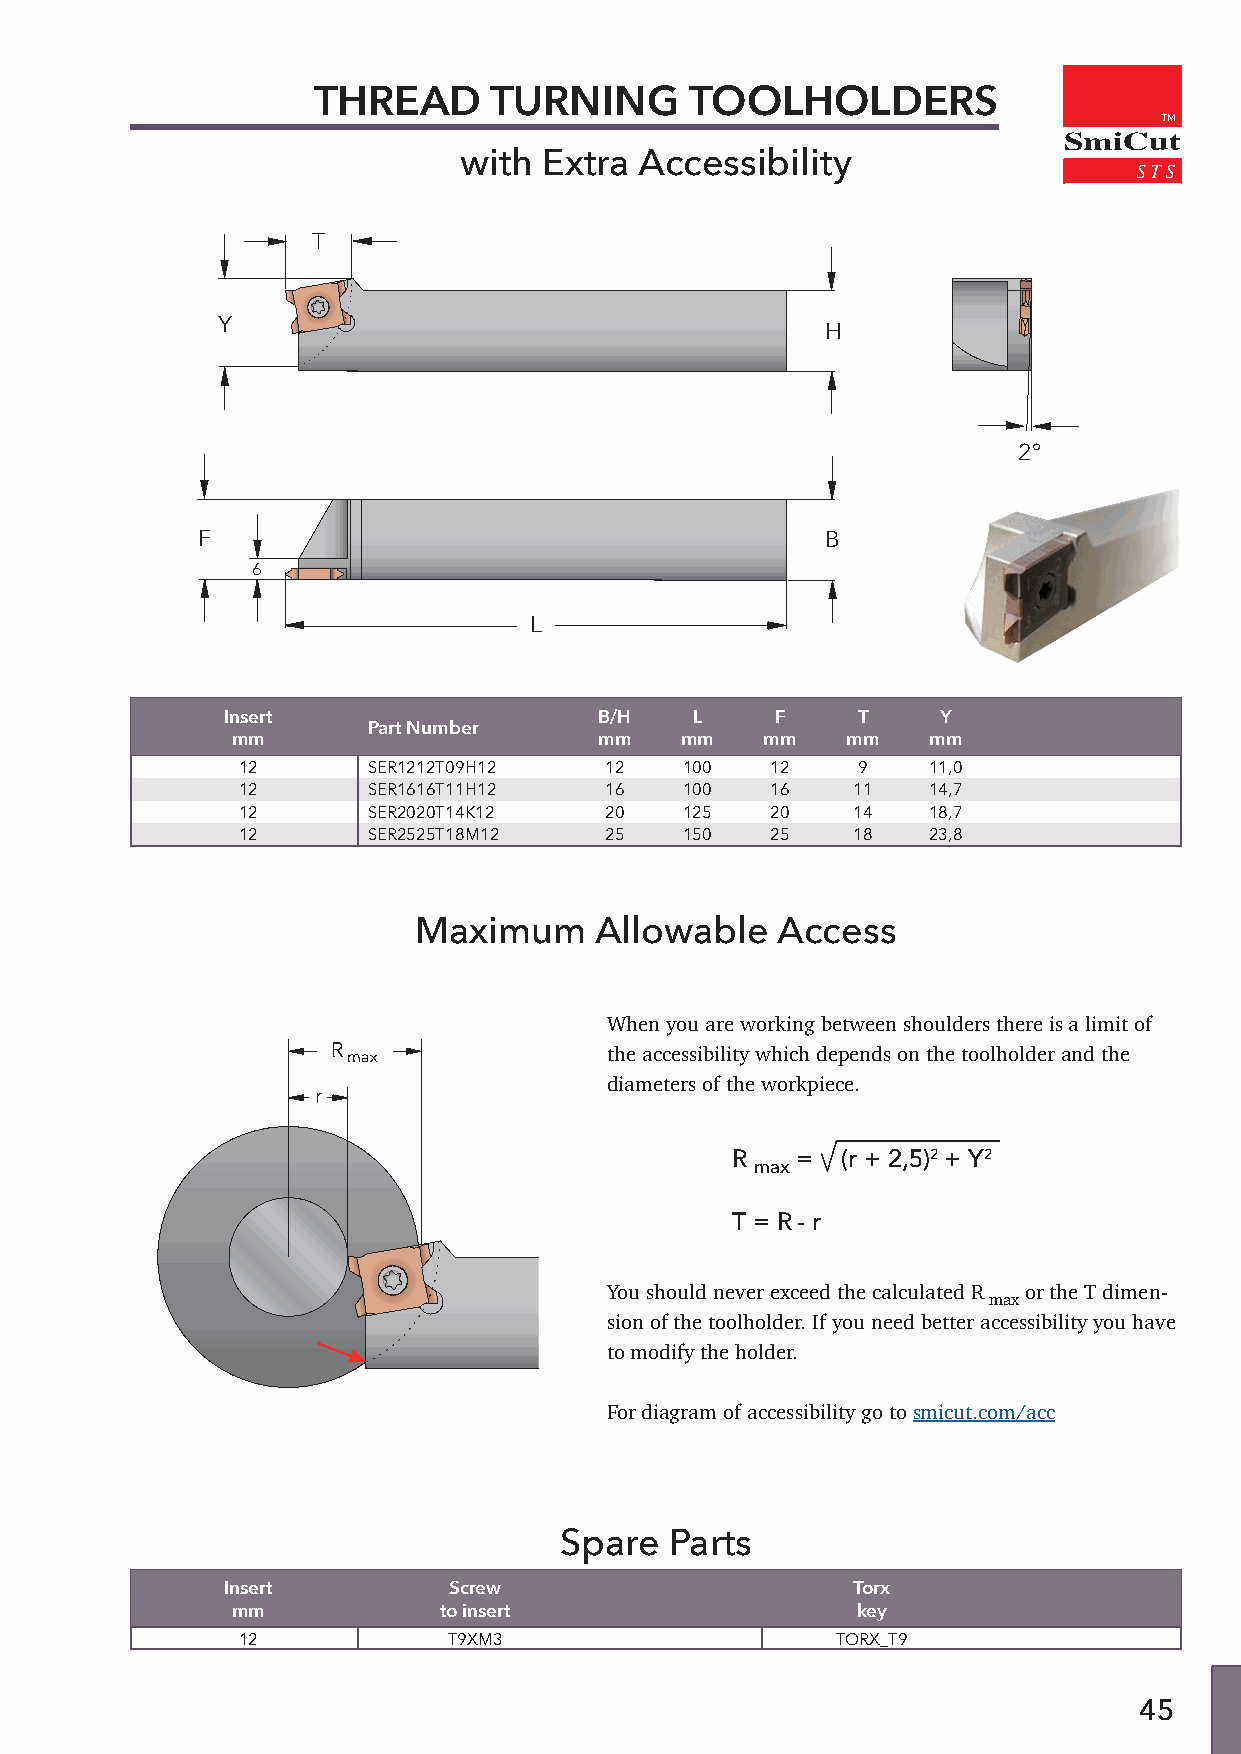
THREAD     TURNING       TOOLHOLDERS
 TM
 SmiCut
 with  Extra Accessibility
 T
 Y
 H
 2°
 F                                         B
 6
 L
 Insert                   B/H   L    F     T    Y
 Part Number
 mm                       mm   mm    mm   mm   mm
 12      SER1212T09H12   12   100   12    9   11,0
 12      SER1616T11H12   16   100   16   11   14,7
 12      SER2020T14K12   20   125   20   14   18,7
 12      SER2525T18M12   25   150   25   18   23,8
 Maximum     Allowable   Access
 When you are working between shoulders there is a limit of
 R max             the accessibility which depends on the toolholder and the
 diameters of the workpiece.
 r
 R    =  (r + 2,5)2 + Y2
 max
 T = R- r
 You should never exceed the calculated R
 max
 or the T dimen-
 sion of the toolholder. If you need better accessibility you have
 to modify the holder.
 For diagram of accessibility go to smicut.com/acc
 Spare  Parts
 Insert         Screw                     Torx
 mm            to insert                   key
 12            T9XM3                    TORX_T9
 45